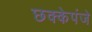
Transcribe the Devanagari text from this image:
छक्केपंजे